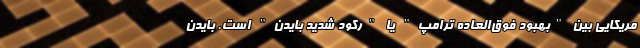
مریکایی بین "بهبود فوق‌العاده ترامپ" یا "رکود شدید بایدن" است. بایدن